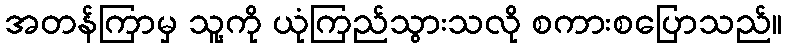
အတန်ကြာမှ သူ့ကို ယုံကြည်သွားသလို စကားစပြောသည်။